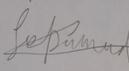
Signature authenticity: forged